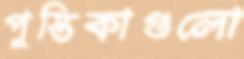
পুস্তিকাগুলো